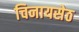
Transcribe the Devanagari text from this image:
चिनायसेठ